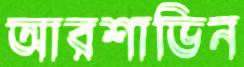
আরশাভিন